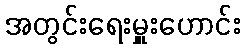
အတွင်းရေးမှူးဟောင်း